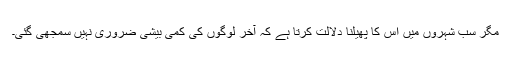
مگر سب شہروں میں اس کا پھیلنا دلالت کرتا ہے کہ آخر لوگوں کی کمی بیشی ضروری نہیں سمجھی گئی۔